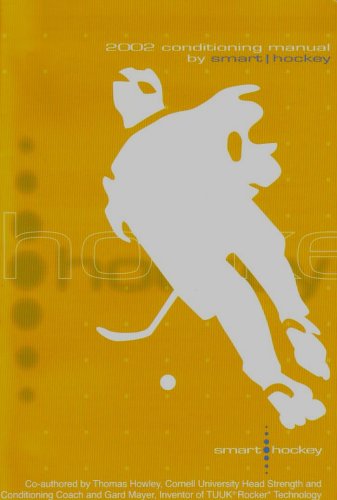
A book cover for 2002 Skills Development & Conditioning; Thomas Howley; Sports & Outdoors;